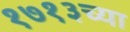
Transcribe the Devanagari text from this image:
१७१३च्या